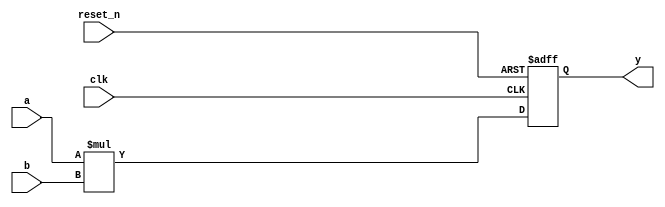
//
// 1 stage pipeline, consider using it in ASIC designs since it uses less registers.
//
`timescale 1ps/1ps

module mult28x32(
input clk,
input reset_n,
input signed [27:0] a,
input signed [31:0] b,
output reg signed [59:0] y
);

//reg signed [59:0] res;
//assign y =  res;
always @(posedge clk or negedge reset_n)
    if (reset_n == 0) begin
         y <= 0;
         end
    else begin
         y <= #1 a*b;
         end

endmodule